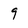
Character: 9